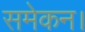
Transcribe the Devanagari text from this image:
समेकन।